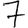
Digit: 7